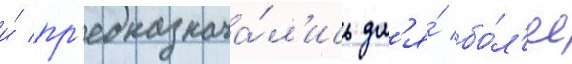
и́ пр'едназнача́л'ись дл'я́ бо́л'ее